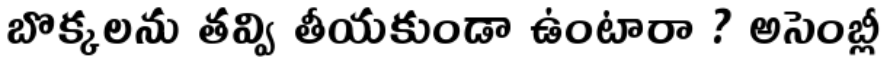
బొక్కలను తవ్వి తీయకుండా ఉంటారా ? అసెంబ్లీ